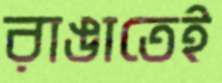
রাঙাতেই